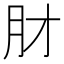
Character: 𬁱